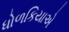
ધોળકિયાએ